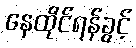
နေထိုင်ရန်ခွင့်